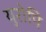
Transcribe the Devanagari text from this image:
युरोपि